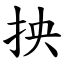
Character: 抰